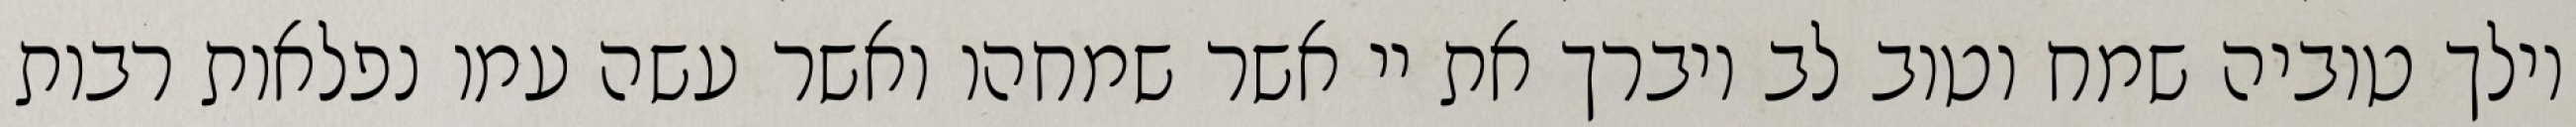
וילך טוביה שמח וטוב לב ויברך את יי אשר שמחהו ואשר עשה עמו נפלאות רבות